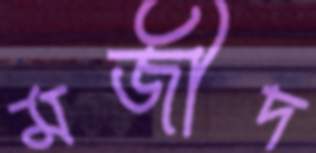
মজীদ